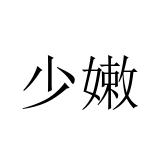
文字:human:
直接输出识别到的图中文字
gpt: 少嫩